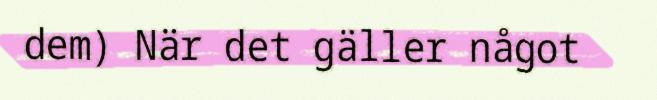
dem) När det gäller något